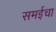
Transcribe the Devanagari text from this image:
समईचा